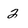
Character: 2